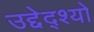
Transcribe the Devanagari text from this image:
उद्देद्श्यो